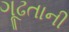
ગૂઢતાની